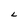
Character: L